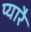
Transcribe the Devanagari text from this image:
प्यारै